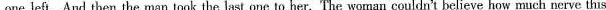
one left. And then the man took the last one offered it to her. The woman couldn’t believe how much nerve this